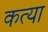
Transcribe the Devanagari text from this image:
कत्या